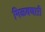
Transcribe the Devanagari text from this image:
मिळवणाऱी